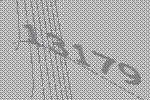
13179